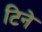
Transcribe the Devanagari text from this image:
टिने